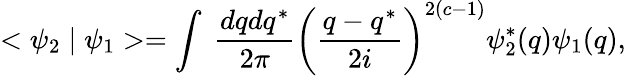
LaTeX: <\psi_{2}\mid\psi_{1}>=\int\; \frac{dqdq^{*}}{2\pi}\left(\frac{q-q^{*}}{2i}\right)^{2(c-1)}{\psi}_{2}^{*}(q)\psi_{1}(q),